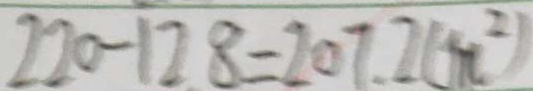
2 2 0 - 1 2 . 8 = 2 0 7 . 2 ( m ^ { 2 } )